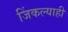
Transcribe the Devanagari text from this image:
जिंकल्याही